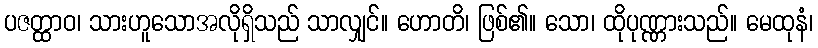
ပဇတ္ထာဝ၊ သားဟူသောအလိုရှိသည် သာလျှင်။ ဟောတိ၊ ဖြစ်၏။ သော၊ ထိုပုဏ္ဏားသည်။ မေထုနံ၊